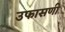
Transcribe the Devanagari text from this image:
उफासणी